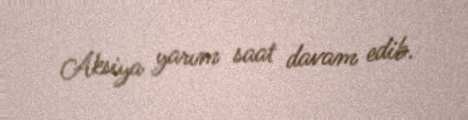
Aksiya yarım saat davam edib.